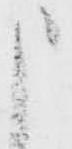
申